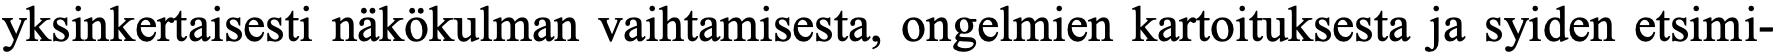
yksinkertaisesti näkökulman vaihtamisesta, ongelmien kartoituksesta ja syiden etsimi-